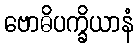
ဗောဓိပက္ခိယာနံ